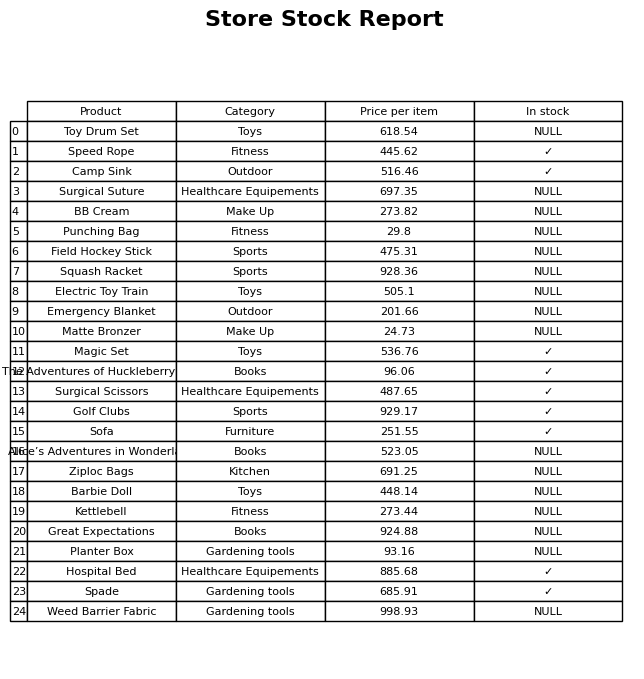
question: What is the price of the Punching Bag?
answer: The price of Punching Bag is 29.8.